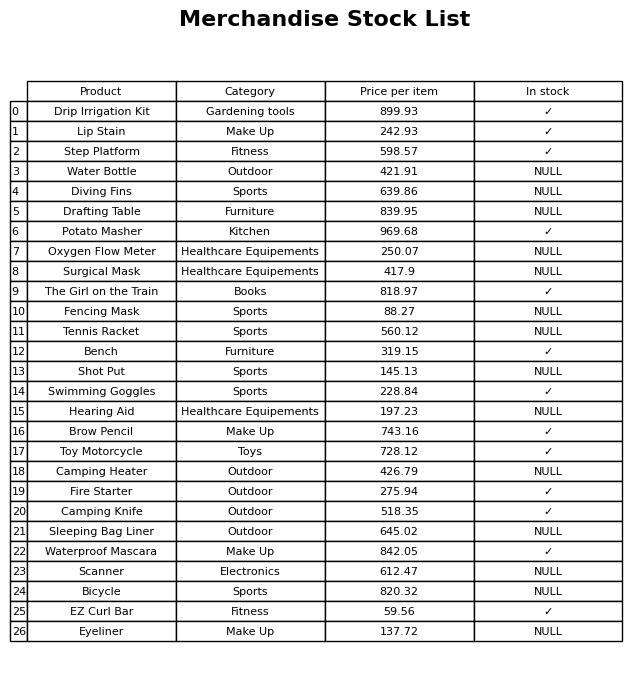
question: Which products are currently out of stock?
answer: Water Bottle, Diving Fins, Drafting Table, Oxygen Flow Meter, Surgical Mask, Fencing Mask, Tennis Racket, Shot Put, Hearing Aid, Camping Heater, Sleeping Bag Liner, Scanner, Bicycle, Eyeliner